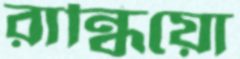
রান্ধিয়ো